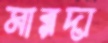
মারদা